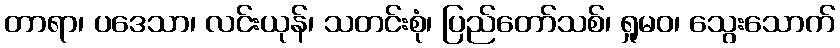
တာရာ၊ ပဒေသာ၊ လင်းယုန်၊ သတင်းစုံ၊ ပြည်တော်သစ်၊ ရှုမဝ၊ သွေးသောက်